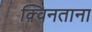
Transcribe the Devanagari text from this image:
क़्विनताना